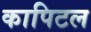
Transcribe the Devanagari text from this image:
कापिटल